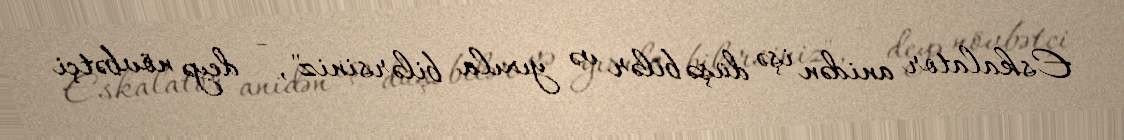
Eskalator anidən işə düşə bilər və yıxıla bilərsiniz", - deyə növbətçi